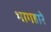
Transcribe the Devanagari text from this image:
भागहारे